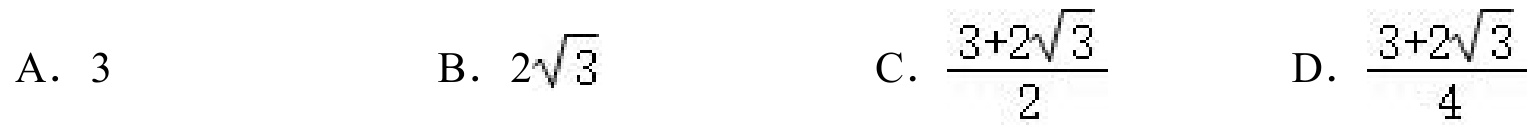
A. \(3\)
B. \(2\sqrt{3}\)
C. \(\dfrac{3 + 2\sqrt{3}}{2}\)
D. \(\dfrac{3+2\sqrt{3}}{4}\)